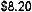
$8.20